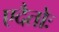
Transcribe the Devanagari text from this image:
एदैतोः